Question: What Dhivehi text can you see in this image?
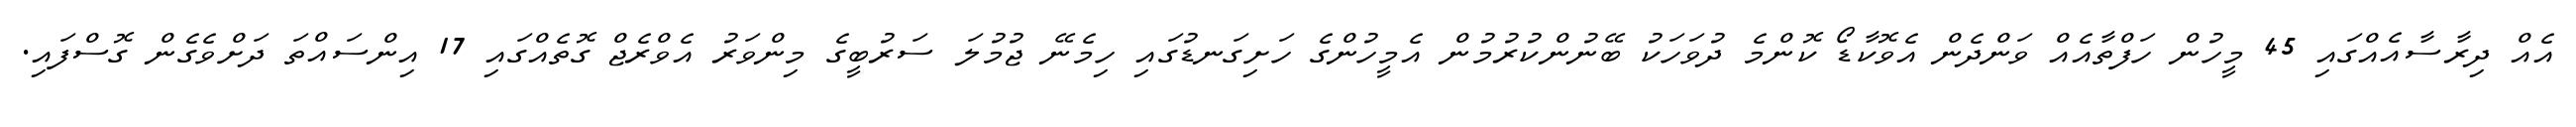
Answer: އެއް ދިރާސާއެއްގައި 45 މީހުން ހަފްތާއެއް ވަންދެން އެވޮކާޑޯ ކޮންމެ ދުވަހަކު ބޭނުންކުރުމުން އެމީހުންގެ ހަށިގަނޑުގައި ހިމެނޭ ޖުމުލަ ސަރުބީގެ މިންވަރު އެވްރެޖް ގޮތެއްގައި 17 އިންސައްތަ ދަށްވެގެން ގޮސްފައި.